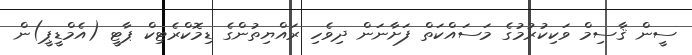
ސީން ޤާސިމް ވަކިކުރުމުގެ މަސައްކަތް ފަށާނަން ދިވެހި ރައްޔިތުންގެ ޑިމޮކްރެޓިކް ޕާޓީ (އެމްޑީޕީ)ން